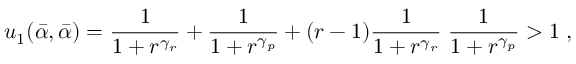
u _ { 1 } ( \bar { \alpha } , \bar { \alpha } ) = \frac { 1 } { 1 + r ^ { \gamma _ { r } } } + \frac { 1 } { 1 + r ^ { \gamma _ { p } } } + ( r - 1 ) \frac { 1 } { 1 + r ^ { \gamma _ { r } } } \; \frac { 1 } { 1 + r ^ { \gamma _ { p } } } > 1 \; ,